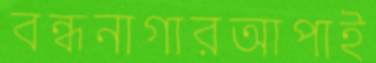
বন্ধনাগারআপাই